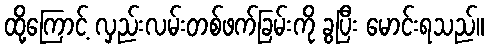
ထို့ကြောင့် လှည်းလမ်းတစ်ဖက်ခြမ်းကို ခွပြီး မောင်းရသည်။